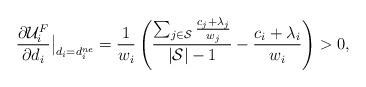
LaTeX: \begin{align*}\frac{\partial\mathcal {U}_i^F}{\partial d_i}\big|_{d_i=d_i^{ne}}=\frac{1}{w_i}\left(\frac{\sum_{j \in \mathcal {S}}\frac{c_j+\lambda_j}{w_j}}{|\mathcal {S}|-1}-\frac{c_i+\lambda_i}{w_i}\right)>0,\end{align*}